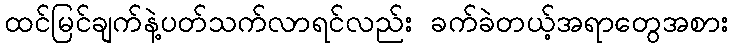
ထင်မြင်ချက်နဲ့ပတ်သက်လာရင်လည်း ခက်ခဲတယ့်အရာတွေအစား